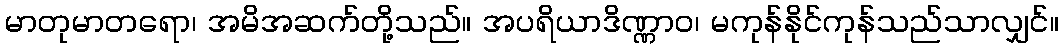
မာတုမာတရော၊ အမိအဆက်တို့သည်။ အပရိယာဒိဏ္ဏာဝ၊ မကုန်နိုင်ကုန်သည်သာလျှင်။